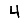
Digit: 4